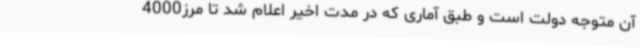
آن متوجه دولت است و طبق آماری که در مدت اخیر اعلام شد تا مرز4000